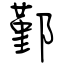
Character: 鄞